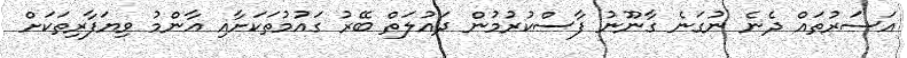
އަސަރުތައް ދެނެ ނުގަނެ ގާނޫނު ފާސްކުރުމުން ދައުލަތް ބޭރު ގައުމުތަކަށާއި އާންމު ވިޔަފާރިތަކަށް